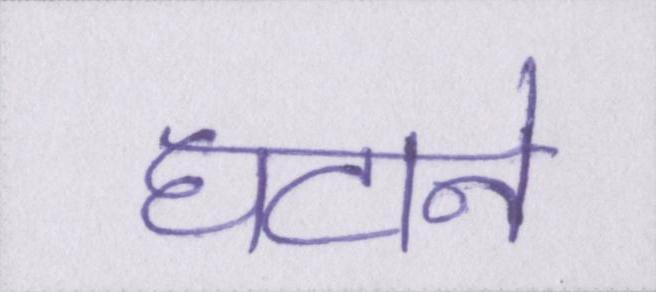
घटाने